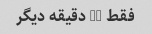
فقط 10 دقیقه دیگر